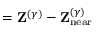
= \mathbf { Z } ^ { ( \gamma ) } - \mathbf { Z } _ { \mathrm { n e a r } } ^ { ( \gamma ) }